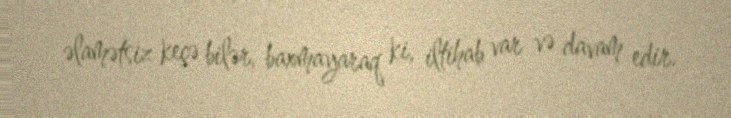
əlamətsiz keçə bilər, baxmayaraq ki, iltihab var və davam edir.